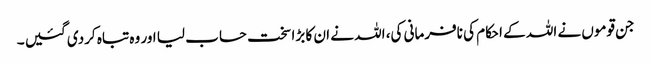
جن قوموں نے اللہ کے احکام کی نافرمانی کی، اللہ نے ان کا بڑا سخت حساب لیا اور وہ تباہ کردی گئیں ۔